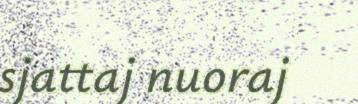
sjattaj nuoraj